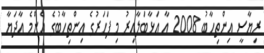
ރިޔާސީ އިންތިހާބު 2008 އާ އަޅާބަލާއިރު މި ފަހަރުގެ އިންތިހާބުގެ އެންމެ އާދަޔާ